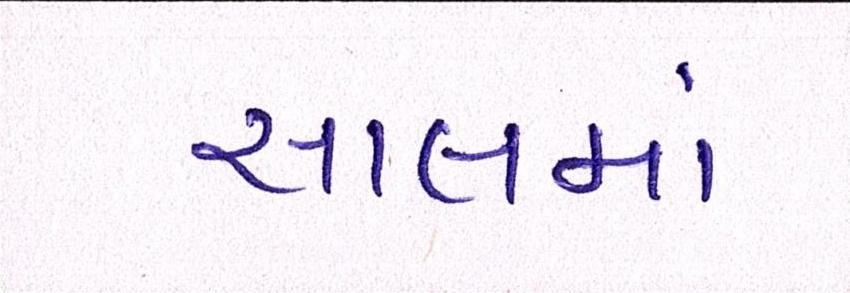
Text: સાલમાં